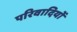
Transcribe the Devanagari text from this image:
परिवादियों